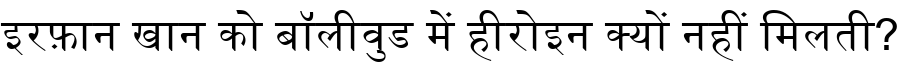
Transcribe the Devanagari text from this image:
इरफ़ान खान को बॉलीवुड में हीरोइन क्यों नहीं मिलती?